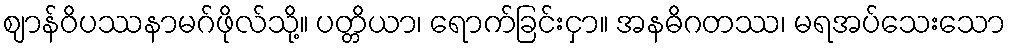
ဈာန်ဝိပဿနာမဂ်ဖိုလ်သို့။ ပတ္တိယာ၊ ရောက်ခြင်းငှာ။ အနဓိဂတဿ၊ မရအပ်သေးသော